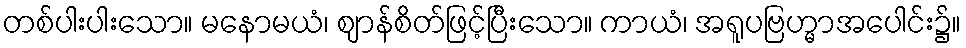
တစ်ပါးပါးသော။ မနောမယံ၊ ဈာန်စိတ်ဖြင့်ပြီးသော။ ကာယံ၊ အရူပဗြဟ္မာအပေါင်း၌။